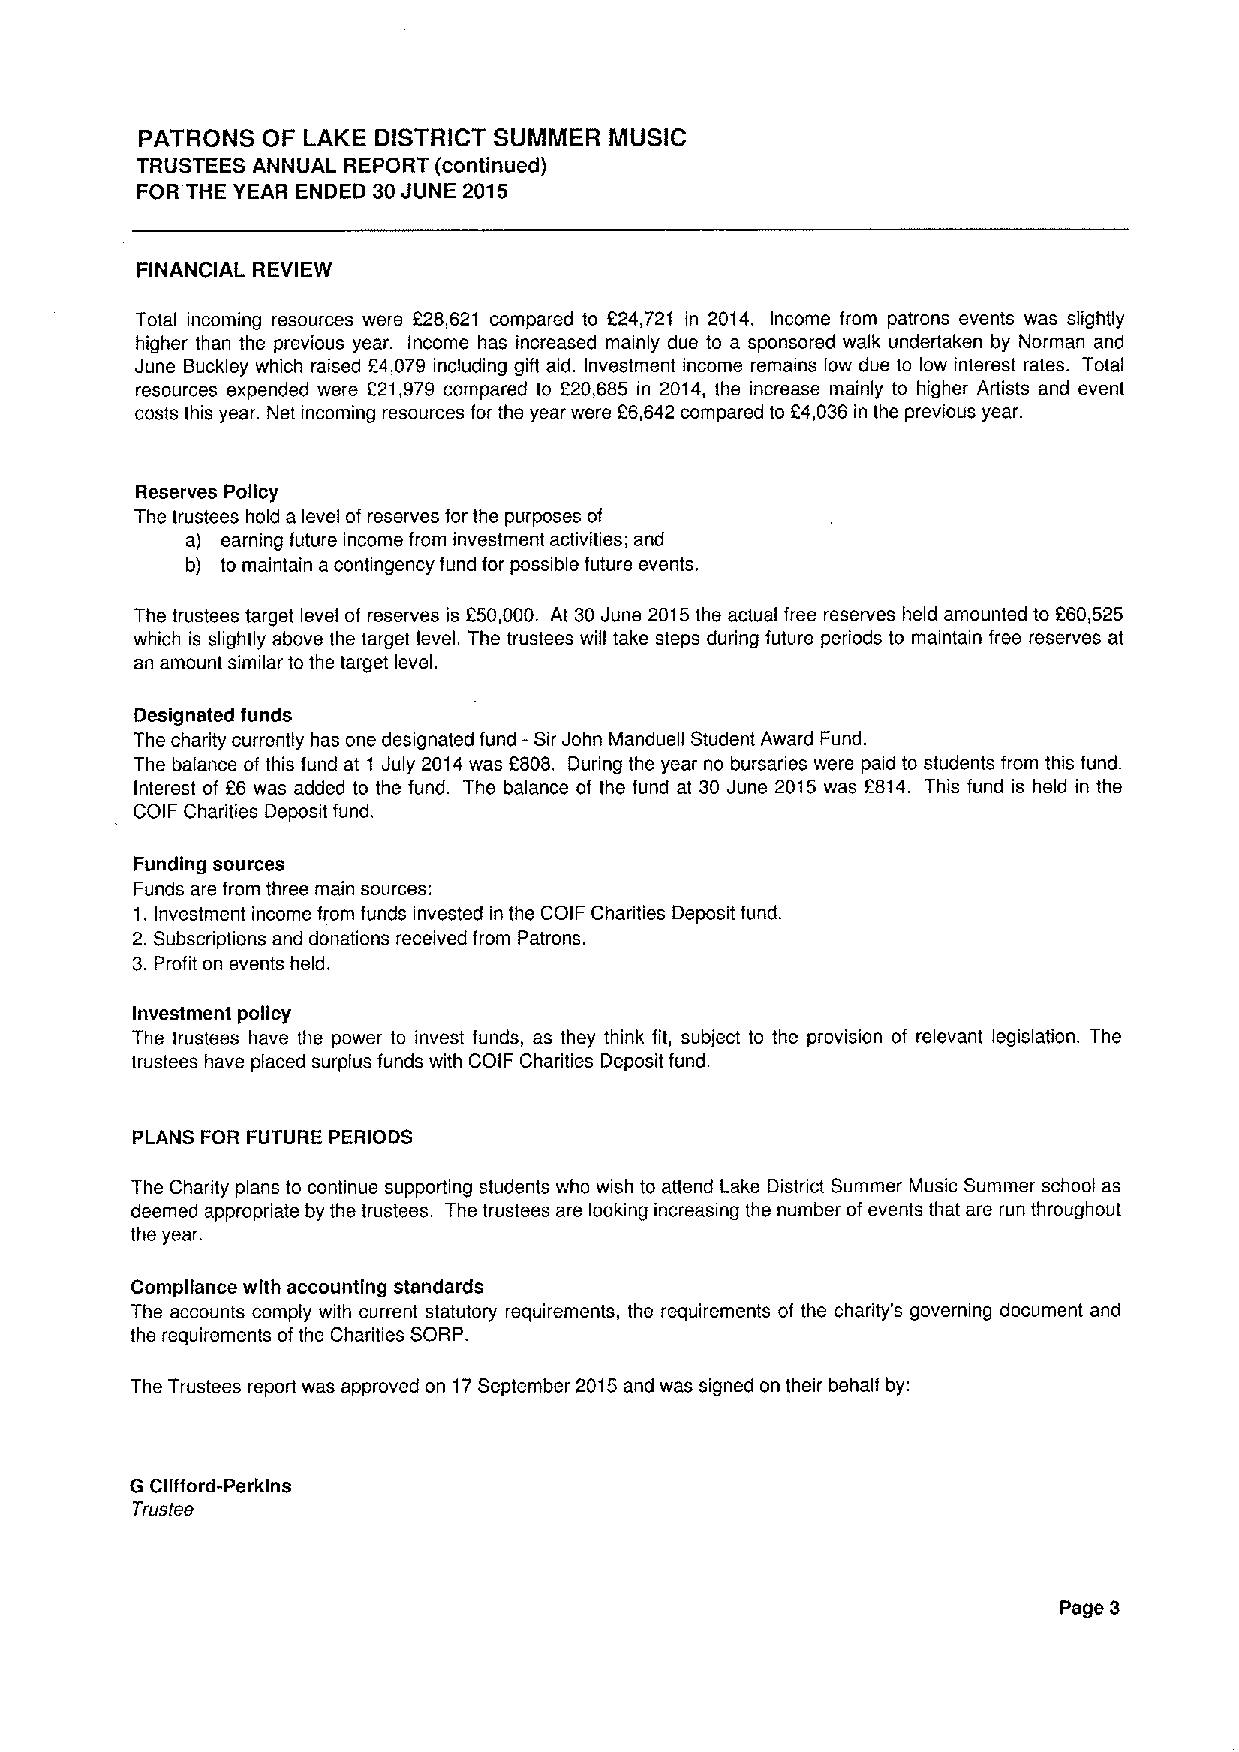
PATRONS OF LAKE DISTRICT SUMMER MUSIC
 TRUSTEES ANNUAL REPORT (continued)
 FOR THE YEAR ENDED 30JUNE 2015
 FINANCIAL REVIEW
 Total incoming resources were 228,621 compared to 224,721 in 2014. Income from patrons events was slightly
 higher than the previous year. Income has increased mainly due to a sponsored walk undertaken by Norman and
 June Buckley which raised 24,079 including gift aid. Investment income remains low due to low inlerest rates. Total
 resources expended were 621,979 compared to 220,685 in 2014, the increase mainly to higher Artists and event
 costs this year. Net incoming resources for the year were 66,642 compared to 64,036in the previous year.
 Reserves Policy
 The trustees hold a level of reserves for the purposes of
 a) earning future income from investment activities; and
 b) to maintain acontingency fund for possible future events.
 The trustees target level of reserves is 250,000. At 30June 2015the actual free reserves held amounted to 660,525
 which is slightly above the target level. The trustees will take steps during future periods to maintain free reserves at
 an amount similar to the target level.
 Designated funds
 The charity currently has one designated fund -Sir John Manduell Student Award Fund.
 The balance of this fund at 1 July 2014was 6808. During the year no bursaries were paid to students from this fund.
 Interest of 66 was added to the fund. The balance of the fund at 30 June 2015 was 2814. This fund is held in the
 COIF Charities Deposit fund.
 Funding sources
 Funds are from three main sources:
 1.Investment income trom funds invested in the COIF Charities Deposit fund.
 2.Subscriptions and donations received from Patrons.
 3.Profit on events held.
 Investment policy
 The trustees have the power to invest funds, as they think fit, subject to the provision of relevant legislation. The
 trustees have placed surplus funds with COIF Charities Deposit fund.
 PLANS FOR FUTURE PERIODS
 The Charity plans to continue supporting students who wish to attend Lake District Summer Music Summer school as
 deemed appropriate by the trustees. The trustees are looking increasing the number of events that are run throughout
 the year.
 Compliance with accounting standards
 The accounts comply with current statutory requirements, the requirements of the charity's governing document and
 the requirements ofthe Charities SORP.
 The Trustees report was approved on 17September 2015and was signed on their behalf by:
 G Clifford-Perkins
 Trustee
 Page 3